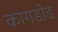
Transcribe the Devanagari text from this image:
कागडोड